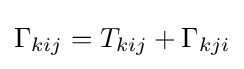
\Gamma _{kij}=T_{kij}+\Gamma _{kji}